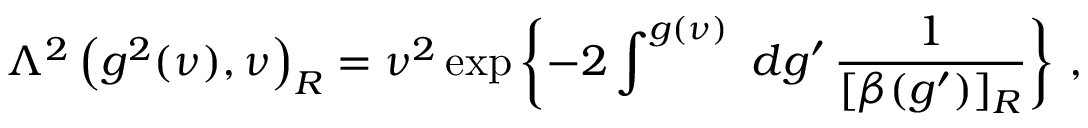
\Lambda ^ { 2 } \left( g ^ { 2 } ( \nu ) , \nu \right) _ { R } = \nu ^ { 2 } \exp \left\{ - 2 \int ^ { g ( \nu ) } \, \, d g ^ { \prime } \, \frac { 1 } { [ \beta ( g ^ { \prime } ) ] _ { R } } \right\} \, ,